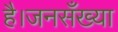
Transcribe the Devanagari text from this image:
है।जनसँख्या